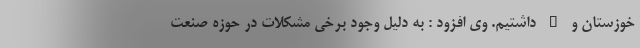
خوزستان و … داشتیم. وی افزود : به دلیل وجود برخی مشکلات در حوزه صنعت